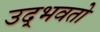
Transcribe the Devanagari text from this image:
उद्‌भवतो